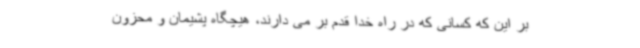
بر این که کسانی که در راه خدا قدم بر می دارند، هیچگاه پشیمان و محزون